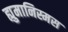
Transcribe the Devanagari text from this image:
ह्युमानिस्मस